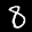
Label: 8